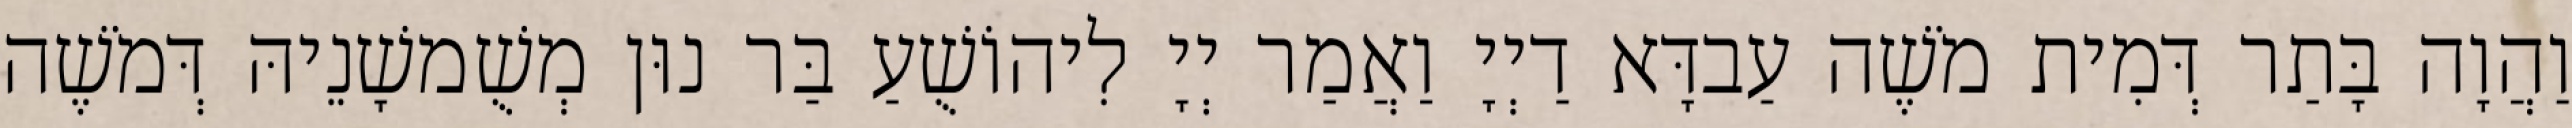
וַהֲוָה בָּתַר דְּמִית מֹשֶׁה עַבדָּא דַיְיָ וַאֲמַר יְיָ לִיהוֹשֻׁעַ בַּר נוּן מְשֻׁמשָׁנֵיהּ דְּמֹשֶׁה